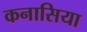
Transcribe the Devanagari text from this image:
कनासिया